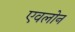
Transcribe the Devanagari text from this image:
एवलोन